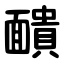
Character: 靧